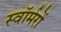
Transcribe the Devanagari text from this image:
स्वॉर्मरों